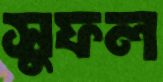
সুফল